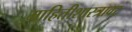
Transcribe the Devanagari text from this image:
माहितीशास्त्रावर